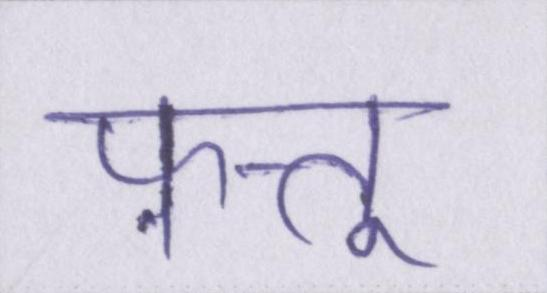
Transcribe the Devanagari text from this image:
फ़त्तू